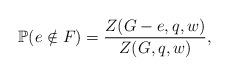
LaTeX: \begin{align*}\mathbb{P}(e\notin F)=\frac{Z(G-e,q,w)}{Z(G,q,w)},\end{align*}